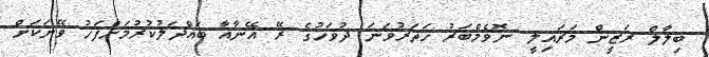
ބިލާލް ރަޒީން މަރައިލީ ނޮވެމްބަރު ހަތަރުވަނަ ދުވަހުގެ ރޭ އޭނާއާ ބައްދަލުކުރުމަށްފަހު ވޭނަކަށް